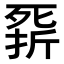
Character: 𣩁